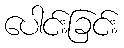
ပေါင်းခြင်း